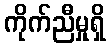
ကိုက်ညီမှုရှိ